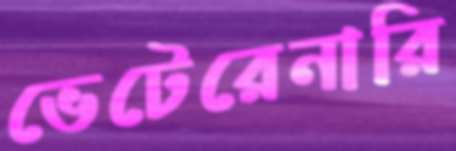
ভেটেরেনারি